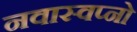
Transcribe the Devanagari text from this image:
नवास्वप्नो